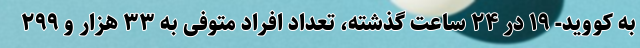
به کووید- ۱۹ در ۲۴ ساعت گذشته، تعداد افراد متوفی به ۳۳ هزار و ۲۹۹